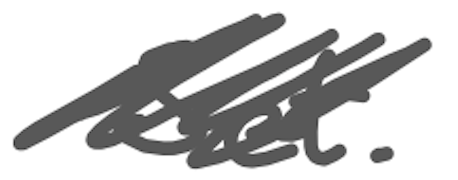
Text: Set.
Cross-out: scratch
Writing tool: digital_gray